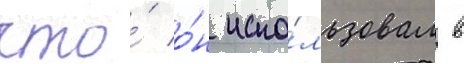
что́ о́н испо́льзовал в